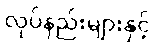
လုပ်နည်းများနှင့်